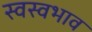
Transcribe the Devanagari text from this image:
स्वस्वभाव